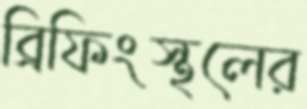
ব্রিফিংস্থলের